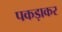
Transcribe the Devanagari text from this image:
पकड़ाकर